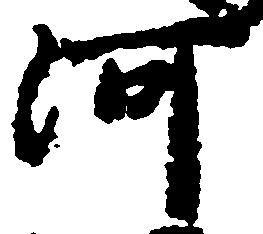
河